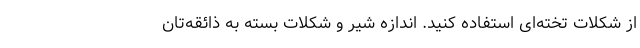
از شکلات تخته‌ای استفاده کنید. اندازه شیر و شکلات بسته به ذائقه‌تان